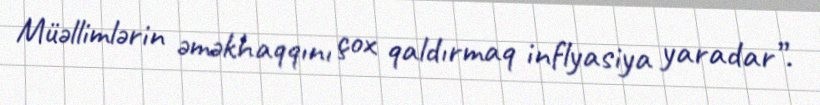
Müəllimlərin əməkhaqqını çox qaldırmaq inflyasiya yaradar”.